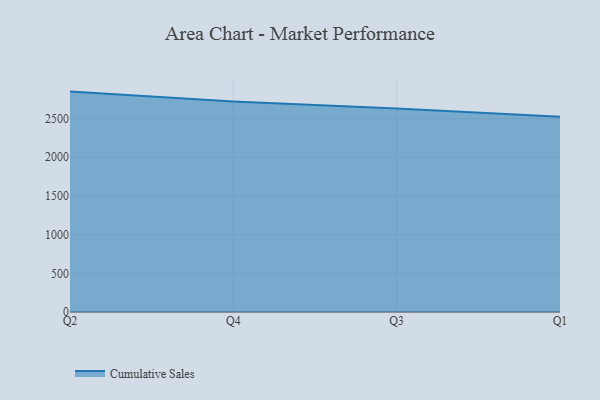
{"axis": {"x": "Quarter", "y": "Latency (ms)"}, "legend": ["Cumulative Sales"], "data": [{"x": "Q2", "y": 2848.6, "type": "Cumulative Sales"}, {"x": "Q4", "y": 2721.7, "type": "Cumulative Sales"}, {"x": "Q3", "y": 2628.9, "type": "Cumulative Sales"}, {"x": "Q1", "y": 2524.9, "type": "Cumulative Sales"}]}